画像に写った文字を読んでください
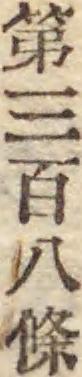
「第三百八條」と書いてあります